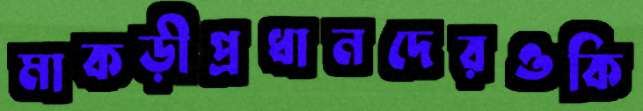
মাকড়ীপ্রধানদেরওকি